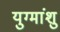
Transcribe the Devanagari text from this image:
युग्मांशु